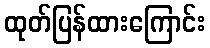
ထုတ်ပြန်ထားကြောင်း